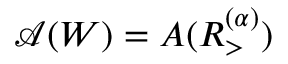
\mathcal { A } ( W ) = A ( R _ { > } ^ { ( \alpha ) } )